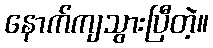
နောက်ကျသွားပြီတဲ့။